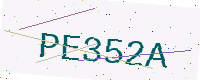
Text: PE352A